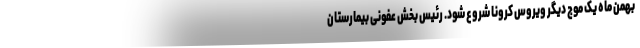
بهمن ماه یک موج دیگر ویروس کرونا شروع شود. رئیس بخش عفونی بیمارستان